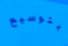
بتوسيع